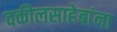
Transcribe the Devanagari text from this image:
वकीलसाहेबांना